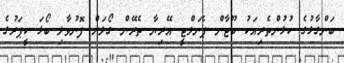
ބަންގާޅުގެ ކުޅުންތެރިއަކު ބޫޓާން ޕެނަލްޓީ އޭރިޔާ ތެރޭން ގޯލަށް ފޮނުވާލި ބޯޅަ ކީޕަރުގެ